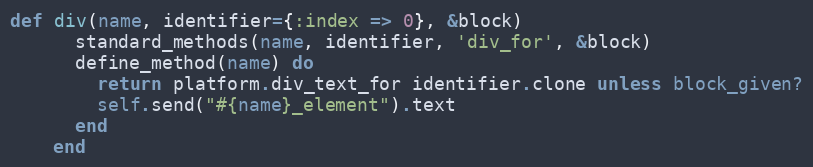
Language: Ruby
def div(name, identifier={:index => 0}, &block)
      standard_methods(name, identifier, 'div_for', &block)
      define_method(name) do
        return platform.div_text_for identifier.clone unless block_given?
        self.send("#{name}_element").text
      end
    end